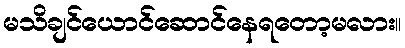
မသိချင်ယောင်ဆောင်နေရတော့မလား။